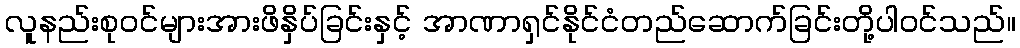
လူနည်းစုဝင်များအားဖိနှိပ်ခြင်းနှင့် အာဏာရှင်နိုင်ငံတည်ဆောက်ခြင်းတို့ပါဝင်သည်။